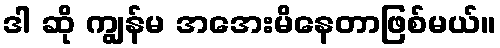
ဒါ ဆို ကျွန်မ အအေးမိနေတာဖြစ်မယ်။